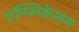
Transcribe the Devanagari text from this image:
एप्प्लिकेशन